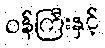
ဝန်ကြီးနှင့်